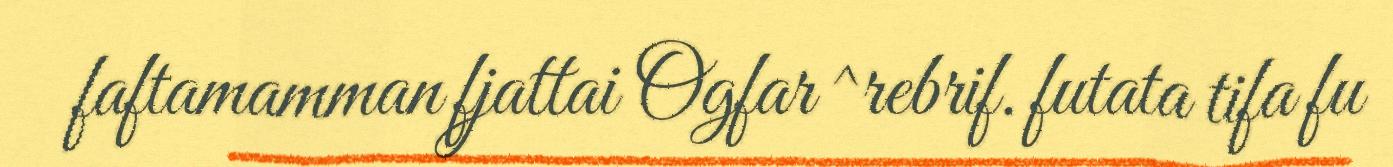
faftamamman fjattai Ogfar ^rebrif. futata tifa fu